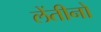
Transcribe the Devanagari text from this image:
लेंतीनो